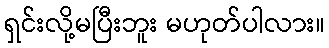
ရှင်းလို့မပြီးဘူး မဟုတ်ပါလား။